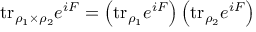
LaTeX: \mathrm { t r } _ { \rho _ { 1 } \times \rho _ { 2 } } e ^ { i F } = \left( \mathrm { t r } _ { \rho _ { 1 } } e ^ { i F } \right) \left( \mathrm { t r } _ { \rho _ { 2 } } e ^ { i F } \right)